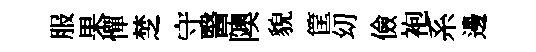
服果憚椘守醫隩貌筐㓜儉袍系邊